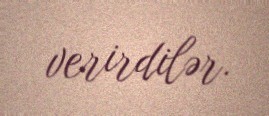
verirdilər.